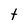
Character: t